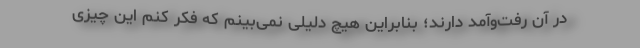
در آن رفت‌وآمد دارند؛ بنابراین هیچ دلیلی نمی‌بینم که فکر کنم این چیزی